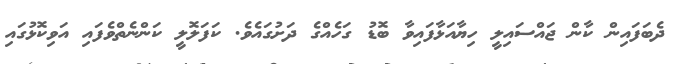
ދެބަފައިން ކާން ޖައްސައިލީ ހިޔާއަޅާފައިވާ ބޮޑު ގަހެއްގެ ދަށުގައެވެ. ކަފަލޮލީ ކަންނެތްވެފައި އަވިކޮޅުގައި